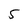
Character: 5